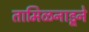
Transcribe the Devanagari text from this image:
तामिळनाडूने